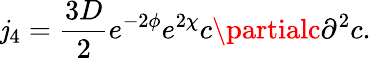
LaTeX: \mathit{j}_{4}=\frac{{3D}}{{2}}e^{-2\phi}e^{2\chi}c\partialc{\partial}^{2}c.